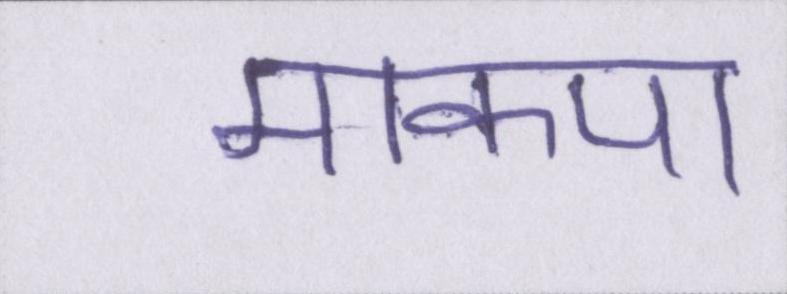
माकपा